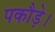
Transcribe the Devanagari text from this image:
पकौड़े।